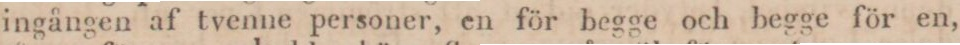
ingången af tvenne personer, en för begge och begge för en,